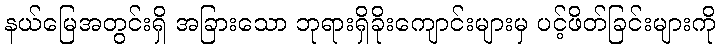
နယ်မြေအတွင်းရှိ အခြားသော ဘုရားရှိခိုးကျောင်းများမှ ပင့်ဖိတ်ခြင်းများကို